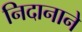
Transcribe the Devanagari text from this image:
निदानाने